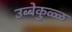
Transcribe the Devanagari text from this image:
उब्बेकुळ्ळ